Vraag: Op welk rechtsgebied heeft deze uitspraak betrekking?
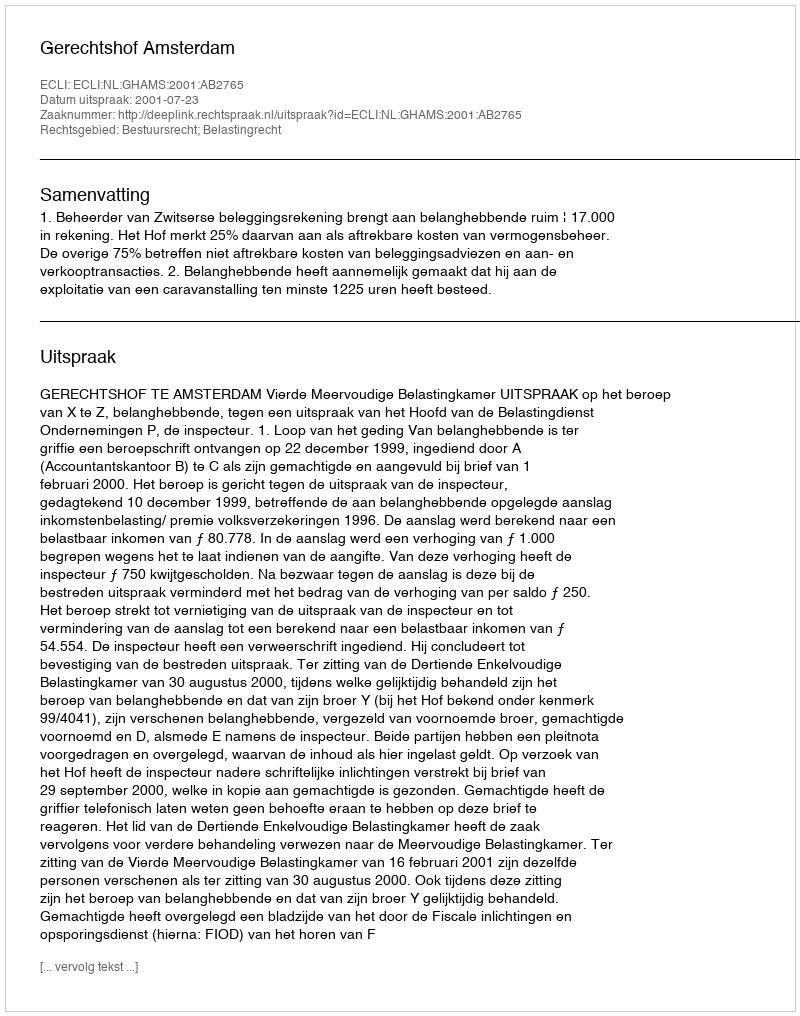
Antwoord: Bestuursrecht; Belastingrecht